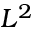
L ^ { 2 }